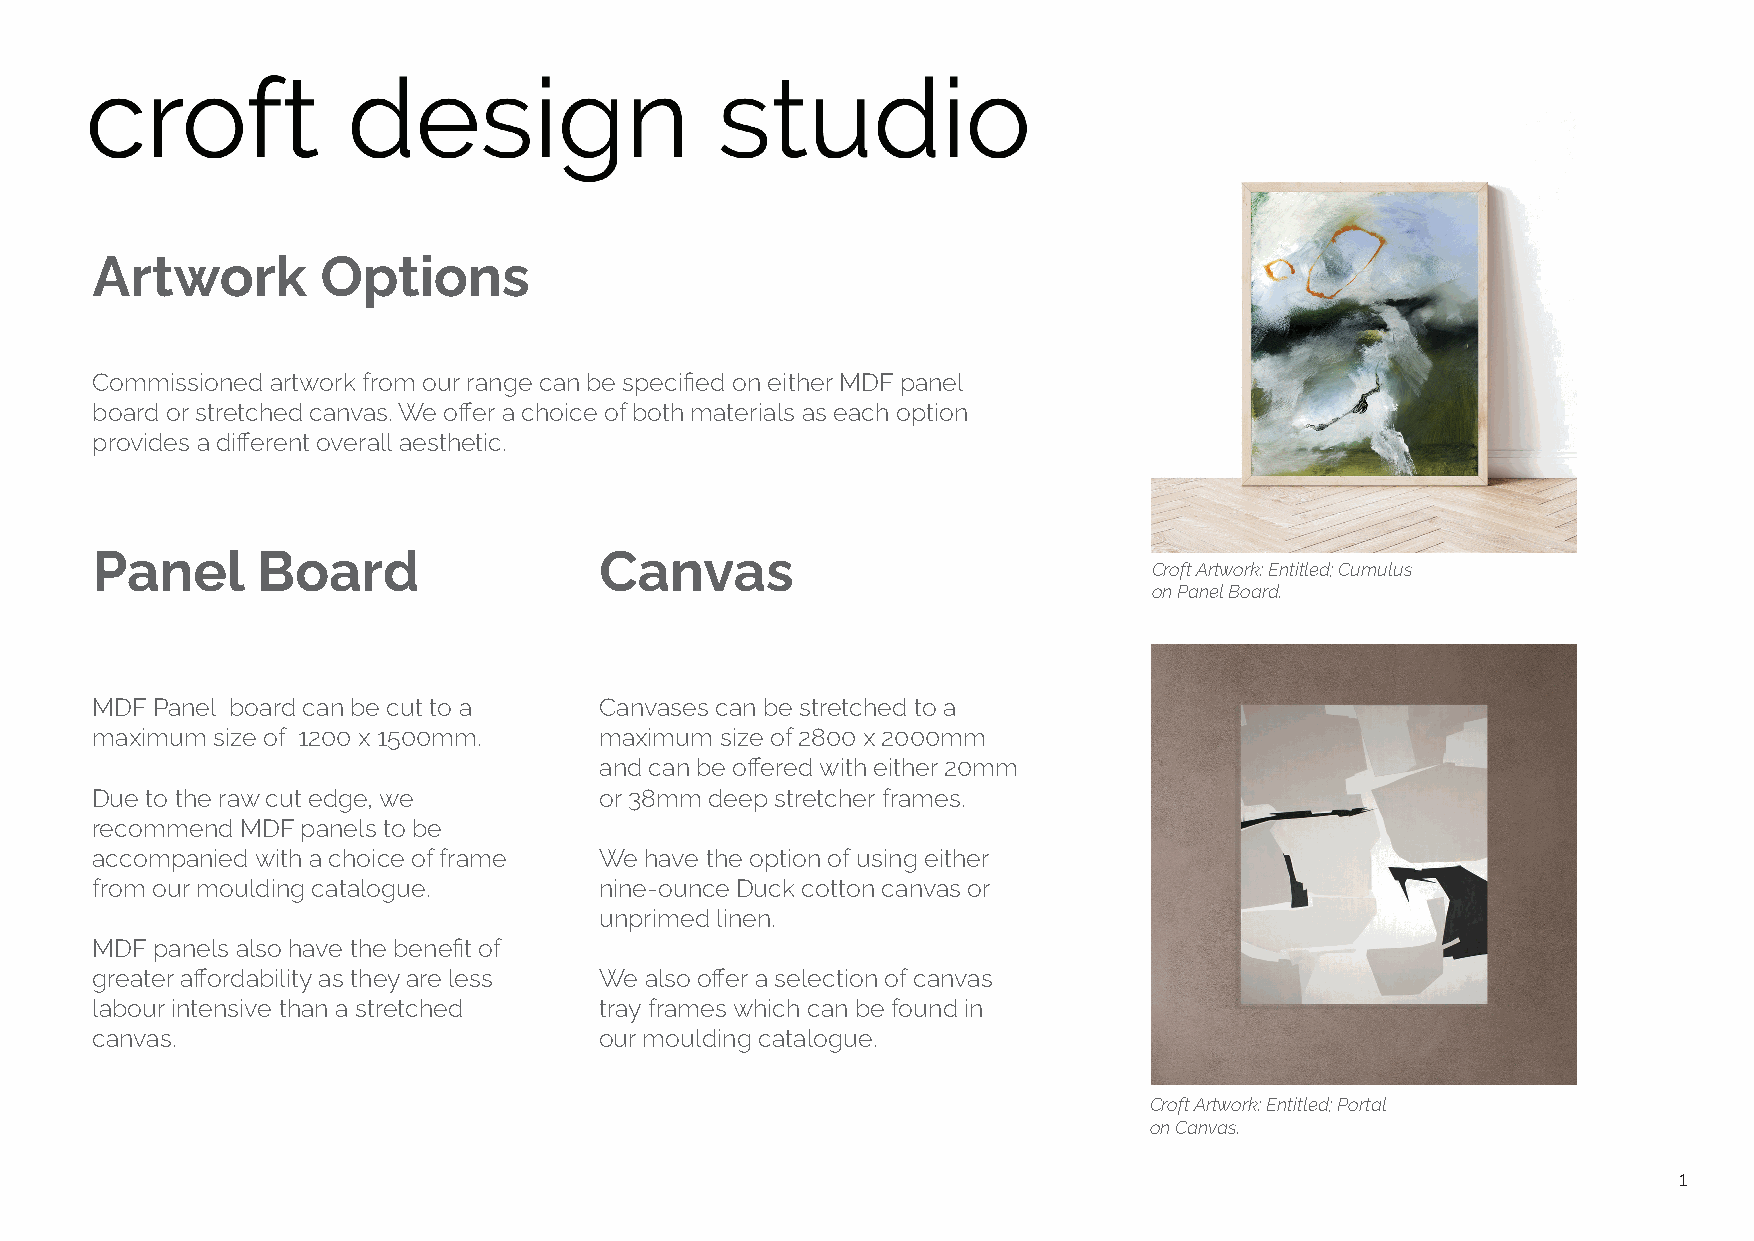
Artwork        Options
 Commissioned artwork from our range can be specified on either MDF panel
 board or stretched canvas. We offer a choice of both materials as each option
 provides a different overall aesthetic.
 Panel      Board                  Canvas
 Croft Artwork: Entitled; Cumulus
 on Panel Board.
 MDF Panel board can be cut to a   Canvases can be stretched to a
 maximum size of 1200 x 1500mm.    maximum size of 2800 x 2000mm
 and can be offered with either 20mm
 Due to the raw cut edge, we       or 38mm deep stretcher frames.
 recommend MDF panels to be
 accompanied with a choice of frame We have the option of using either
 from our moulding catalogue.      nine-ounce Duck cotton canvas or
 unprimed linen.
 MDF panels also have the benefit of
 greater affordability as they are less We also offer a selection of canvas
 labour intensive than a stretched tray frames which can be found in
 canvas.                           our moulding catalogue.
 Croft Artwork: Entitled; Portal
 on Canvas.
 1